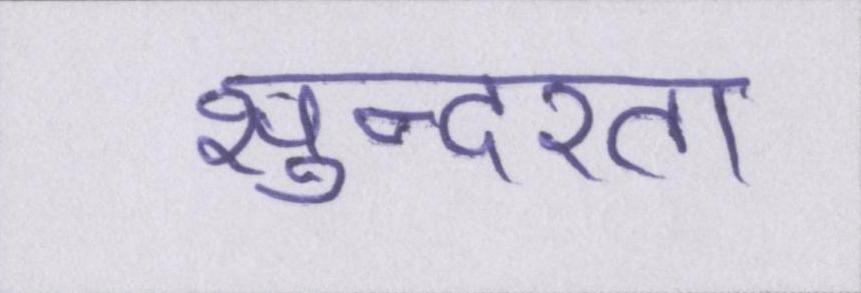
सुन्दरता